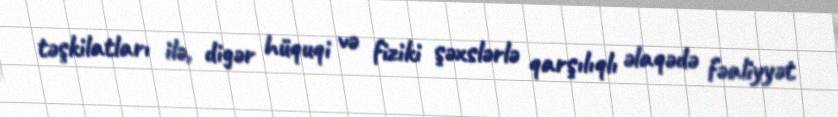
təşkilatları ilə, digər hüquqi və fiziki şəxslərlə qarşılıqlı əlaqədə fəaliyyət